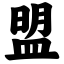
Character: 盟